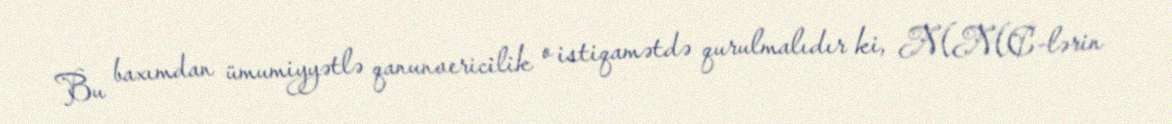
Bu baxımdan ümumiyyətlə qanunvericilik o istiqamətdə qurulmalıdır ki, MMC-lərin